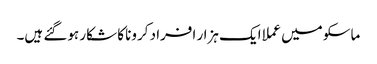
ماسکو میں عملا ایک ہزار افراد کرونا کا شکار ہوگئے ہیں۔